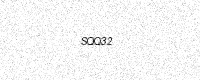
Text: SQQ32